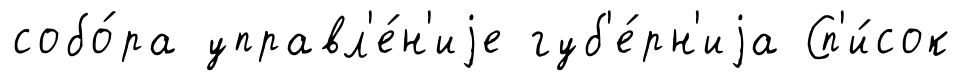
собо́ра управл'е́н'иjе губ'е́рн'иjа Сп'и́сок